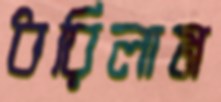
ধরিলাম